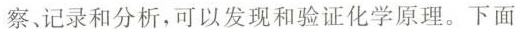
察记录和分析，可以发现和验证化学原理。下面